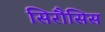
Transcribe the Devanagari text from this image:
सिरौसिस